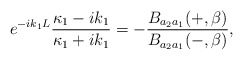
\begin{align*}e^{-ik_1L}\frac{\kappa_1-ik_1}{\kappa_1+ik_1}=-\frac{B_{a_2a_1}(+,\beta)}{B_{a_2a_1}(-,\beta)} ,\end{align*}